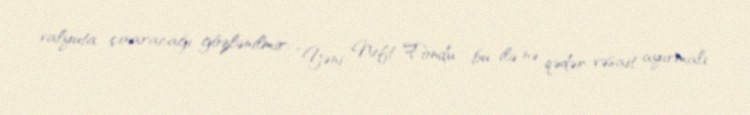
valyuta çıxaracağı gözlənilmir: “Yəni Neft Fondu bu ilə nə qədər vəsait ayırmalı